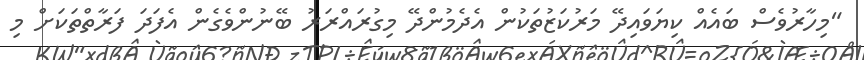
"މިހާރުވެސް ބައެއް ކިޔަވައިދޭ މަރުކަޒުތަކުން އެދެމުންދޭ މިގުރައްރަރު ބޭނުންވެގެން އެފަދަ ފަރާތްތަކަށް މި